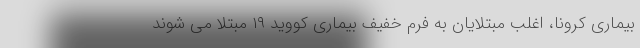
بیماری کرونا، اغلب مبتلایان به فرم خفیف بیماری کووید ۱۹ مبتلا می شوند